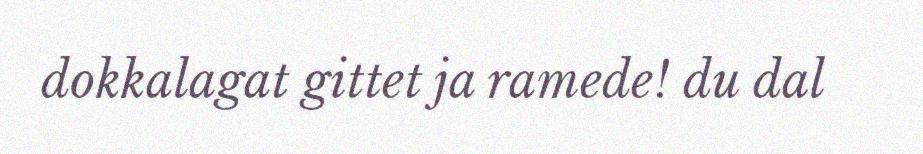
dokkalagat gittet ja ramede! du dal